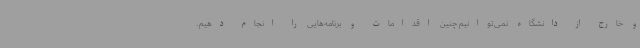
و خارج از دانشگاه نمی‌توانیم چنین اقدامات و برنامه‌هایی را انجام دهیم.